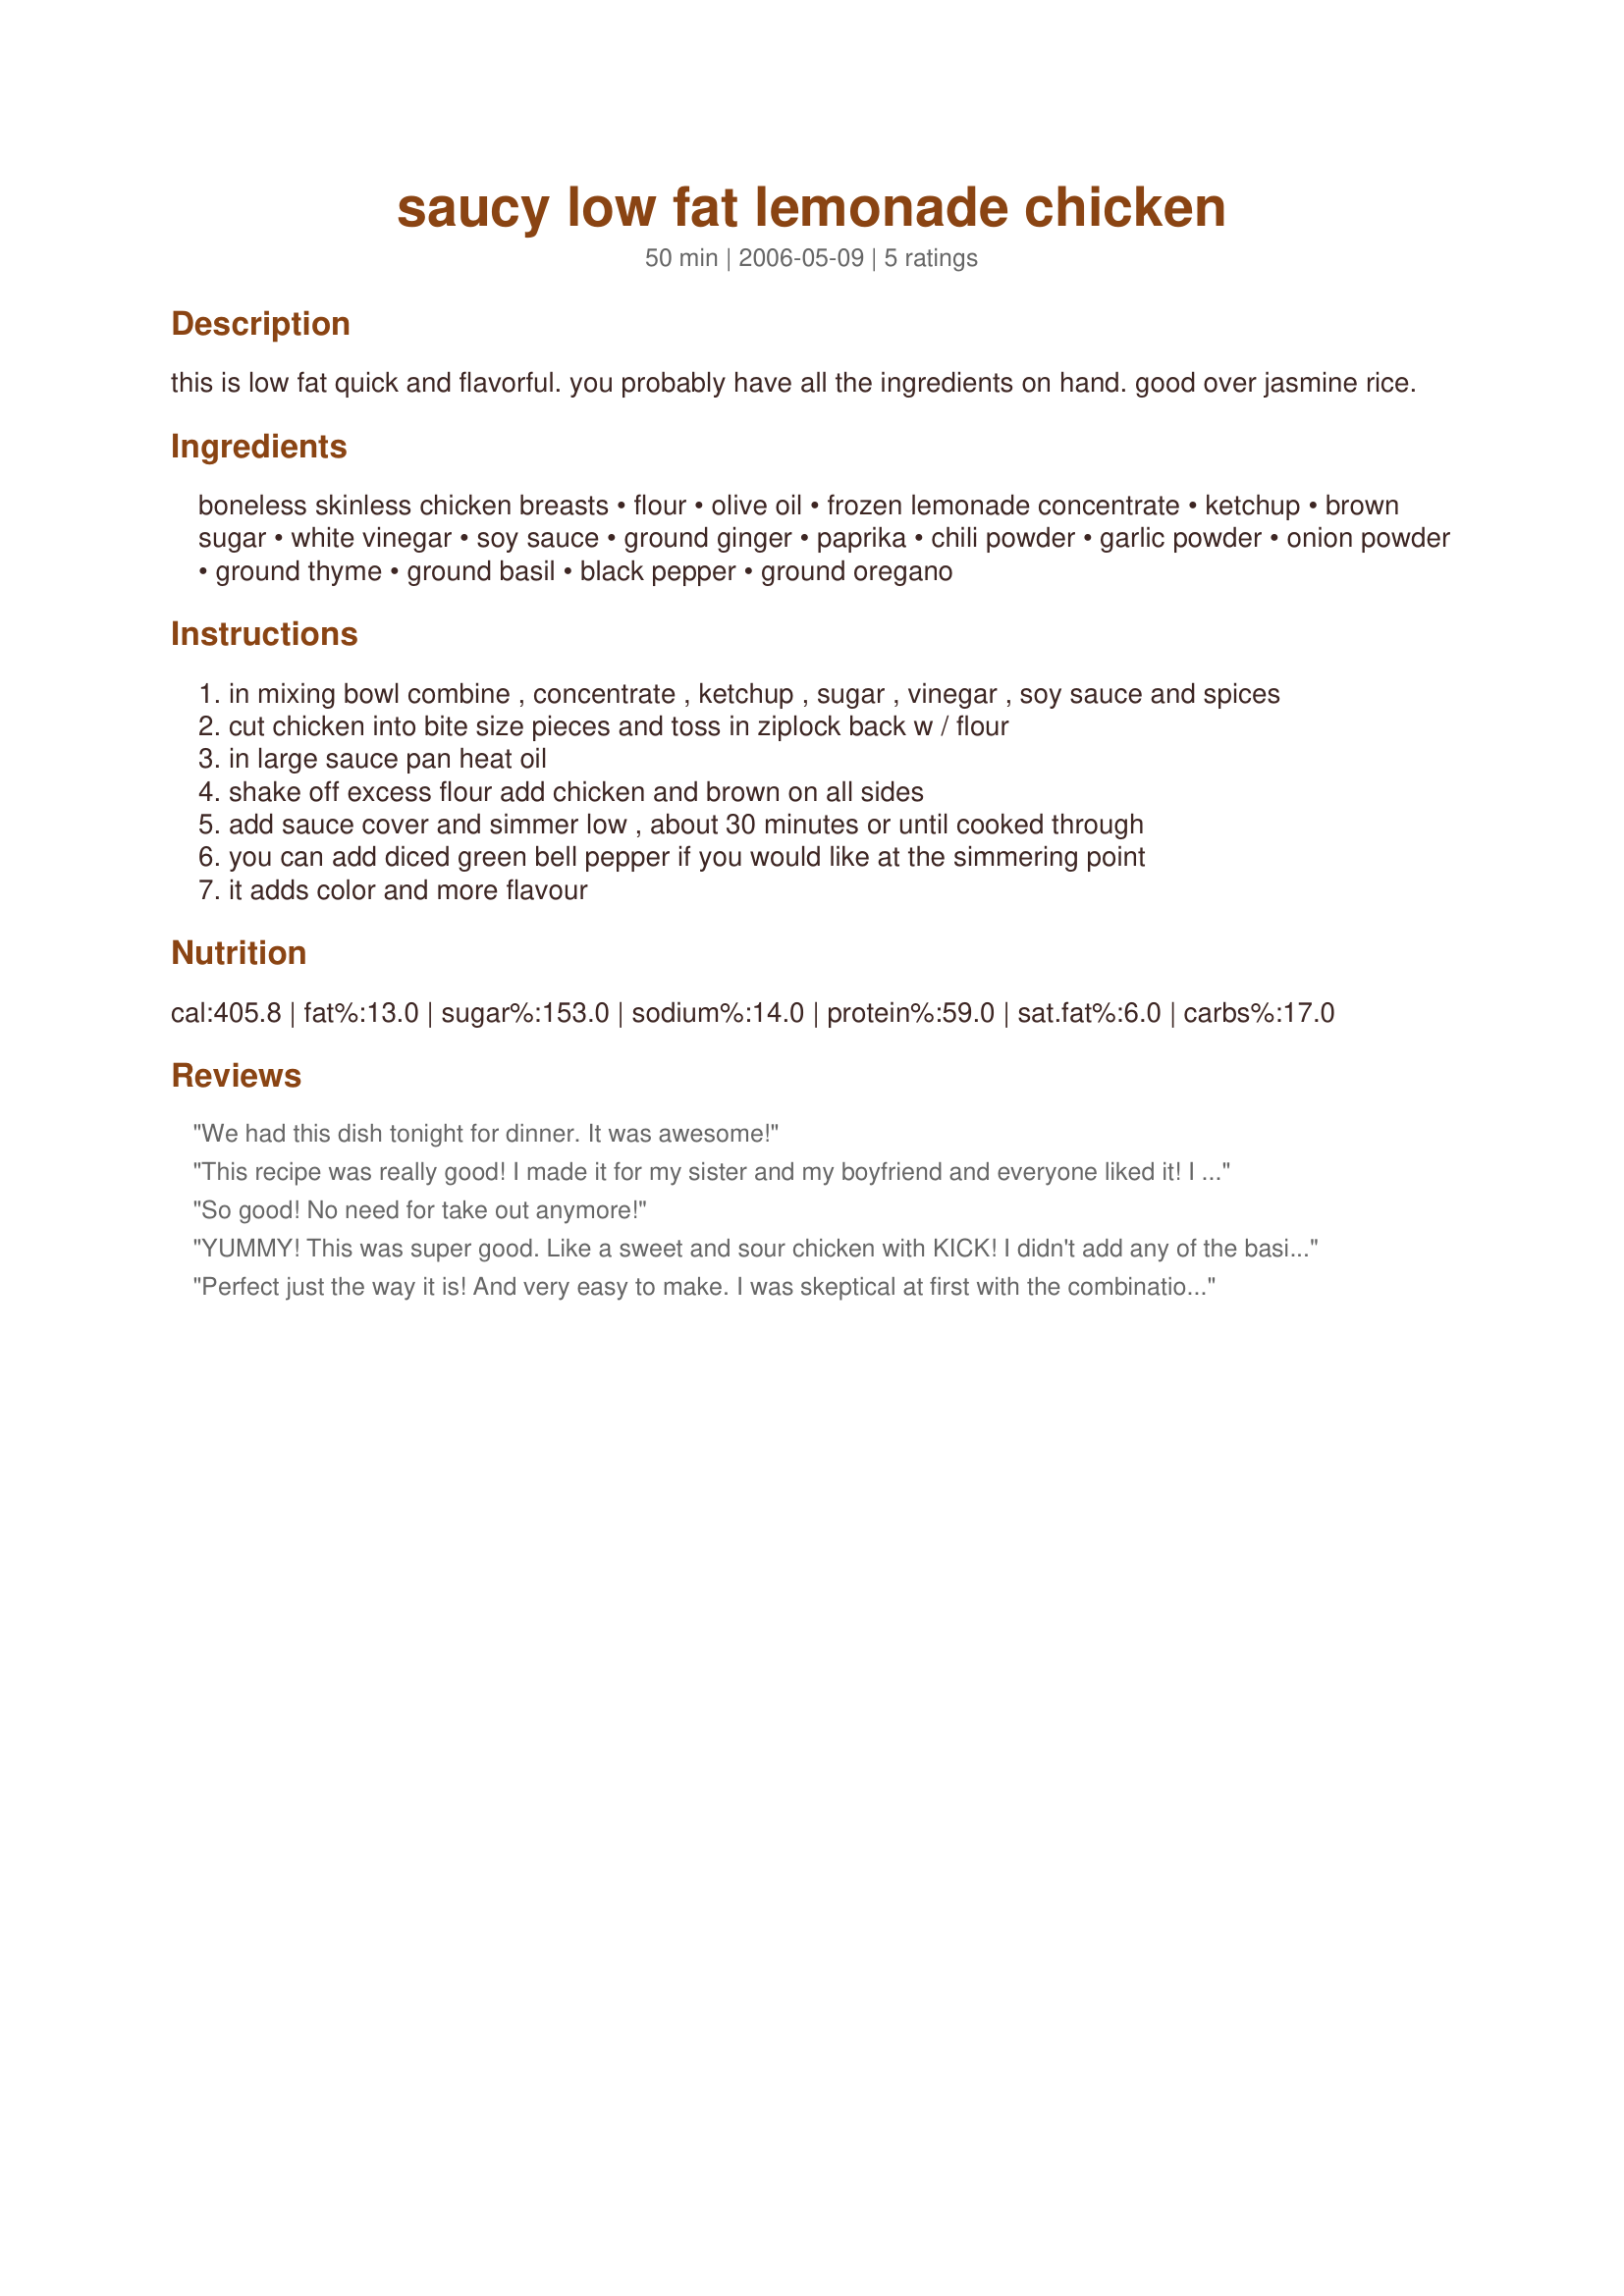
saucy low fat lemonade chicken
Preparation time: 50 minutes

this is low fat quick and flavorful. you probably have all the ingredients on hand. good over jasmine rice.

Ingredients:
boneless skinless chicken breasts, flour, olive oil, frozen lemonade concentrate, ketchup, brown sugar, white vinegar, soy sauce, ground ginger, paprika, chili powder, garlic powder, onion powder, ground thyme, ground basil, black pepper, ground oregano

Steps:
in mixing bowl combine , concentrate , ketchup , sugar , vinegar , soy sauce and spices
cut chicken into bite size pieces and toss in ziplock back w / flour
in large sauce pan heat oil
shake off excess flour add chicken and brown on all sides
add sauce cover and simmer low , about 30 minutes or until cooked through
you can add diced green bell pepper if you would like at the simmering point
it adds color and more flavour

Reviews:
We had this dish tonight for dinner. It was awesome!
This recipe was really good! I made it for my sister and my boyfriend and everyone liked it! I though it tasted like a lemony sweet and sour chicken. (I left out the ginger... because I don't like it) Definitely making it again!!! new addition to old review: I had originally only given this 4 stars but since the first time... I make it at least once a month because I crave it! Simple but soooo good! I now add the ginger and it is good. The only thing I do different is use wheat flour. Mmmm!
So good! No need for take out anymore!
YUMMY! This was super good. Like a sweet and sour chicken with KICK! I didn't add any of the basil/oregano/thyme just because I am not a fan and it was still phenomenal. Thanks for a great recipe, definitely using this all the time!
Perfect just the way it is! And very easy to make. I was skeptical at first with the combination of spices, I am not really a fan of chili powder. But it works! I would think that you could also use pork in this, thought it would change the fat content, I'm sure. A keeper for us as we work on lowering fat in our diet and overall improving our eating habits. My 7 year old daughter didn't care for it, but she likes calamari and king crab so I am not worrying about it!
